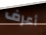
أعرف